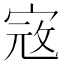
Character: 𡨥